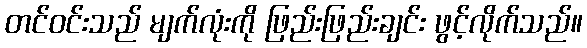
တင်ဝင်းသည် မျက်လုံးကို ဖြည်းဖြည်းချင်း ဖွင့်လိုက်သည်။